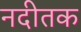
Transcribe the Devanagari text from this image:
नदीतक